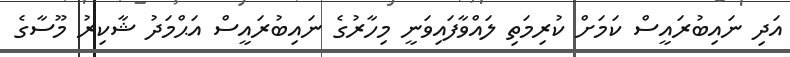
އަދި ނައިބުރައީސް ކަމަށް ކުރިމަތި ލައްވާފައިވަނީ މިހާރުގެ ނައިބުރައީސް އަޙްމަދު ޝާކިރު މޫސާގެ